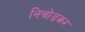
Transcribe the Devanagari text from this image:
निचोडकर